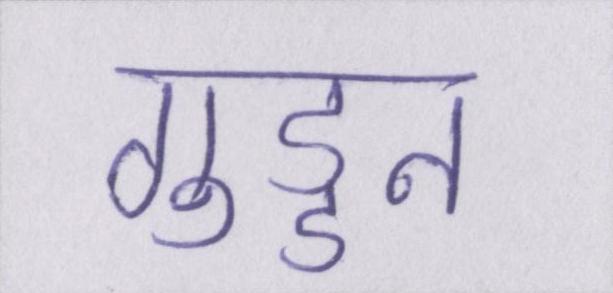
गुड्डन